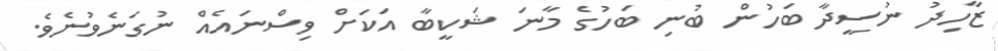
ޒާހިދު ނުސީދާ ބަހުން ބުނި ބަހުގެ މާނަ ޝަކީބާ އަކަށް ވިސްނައެއް ނުގަނެވުނެވެ.